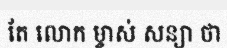
តែ លោក ម្ចាស់ សន្យា ថា